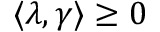
\langle \lambda , \gamma \rangle \geq 0